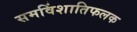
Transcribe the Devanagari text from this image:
समविंशातिफलक